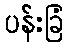
ပန်းခြံ